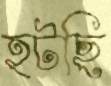
হটছি